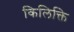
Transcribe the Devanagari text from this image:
किलिक्ति